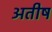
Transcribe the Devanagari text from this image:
अतीष